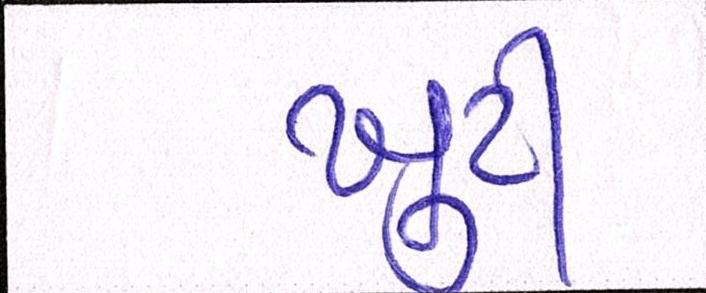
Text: ખુટી